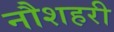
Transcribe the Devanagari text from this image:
नौशहरी